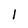
Character: 1